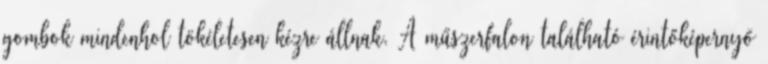
gombok mindenhol tökéletesen kézre állnak. A műszerfalon található érintőképernyő